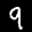
Label: 9